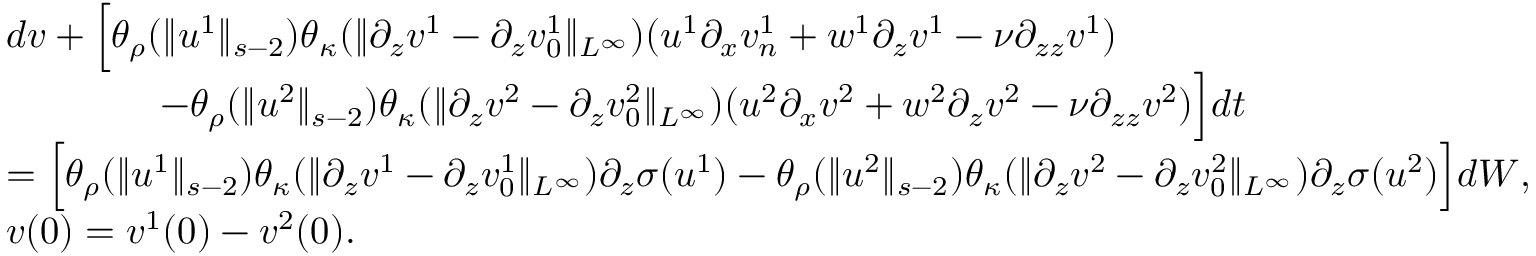
\begin{array} { r l } & { d v + \Big [ \theta _ { \rho } ( \| u ^ { 1 } \| _ { s - 2 } ) \theta _ { \kappa } ( \| \partial _ { z } v ^ { 1 } - \partial _ { z } v _ { 0 } ^ { 1 } \| _ { L ^ { \infty } } ) ( u ^ { 1 } \partial _ { x } v _ { n } ^ { 1 } + w ^ { 1 } \partial _ { z } v ^ { 1 } - \nu \partial _ { z z } v ^ { 1 } ) } \\ & { \qquad \qquad - \theta _ { \rho } ( \| u ^ { 2 } \| _ { s - 2 } ) \theta _ { \kappa } ( \| \partial _ { z } v ^ { 2 } - \partial _ { z } v _ { 0 } ^ { 2 } \| _ { L ^ { \infty } } ) ( u ^ { 2 } \partial _ { x } v ^ { 2 } + w ^ { 2 } \partial _ { z } v ^ { 2 } - \nu \partial _ { z z } v ^ { 2 } ) \Big ] d t } \\ & { = \Big [ \theta _ { \rho } ( \| u ^ { 1 } \| _ { s - 2 } ) \theta _ { \kappa } ( \| \partial _ { z } v ^ { 1 } - \partial _ { z } v _ { 0 } ^ { 1 } \| _ { L ^ { \infty } } ) \partial _ { z } \sigma ( u ^ { 1 } ) - \theta _ { \rho } ( \| u ^ { 2 } \| _ { s - 2 } ) \theta _ { \kappa } ( \| \partial _ { z } v ^ { 2 } - \partial _ { z } v _ { 0 } ^ { 2 } \| _ { L ^ { \infty } } ) \partial _ { z } \sigma ( u ^ { 2 } ) \Big ] d W , } \\ & { v ( 0 ) = v ^ { 1 } ( 0 ) - v ^ { 2 } ( 0 ) . } \end{array}